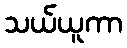
သယ်ယူကာ